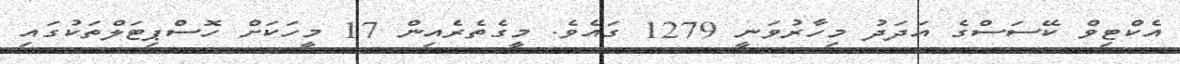
އެކްޓިވް ކޭސަސްގެ އަދަދު މިހާރުވަނީ 1279 ގައެވެ. މީގެތެރެއިން 17 މީހަކަށް ހޮސްޕިޓަލްތަކުގައި